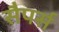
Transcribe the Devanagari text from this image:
सैपर्स